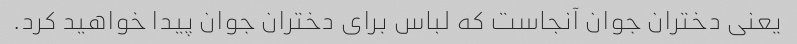
یعنی دختران جوان آنجاست که لباس برای دختران جوان پیدا خواهید کرد.